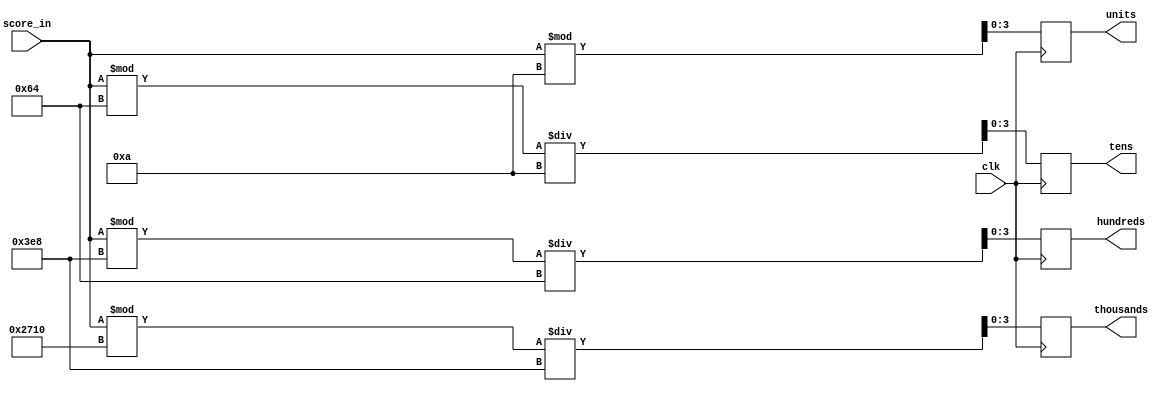
module score_BCD_conversion (score_in, units, tens, hundreds, thousands, clk);
	input[9:0] score_in;
	input clk;
	output[3:0] units;
	output[3:0] tens;
	output[3:0] hundreds;
	output[3:0] thousands;


wire [9:0] score_in;
reg[3:0] units;
reg[3:0] tens;
reg[3:0] hundreds;
reg[3:0] thousands;

	
always @(posedge clk) begin
	
	units <= score_in % 10;
	
	tens <= (score_in % 100) / 10;
	
	hundreds <= (score_in % 1000) / 100;
	
	thousands <= (score_in % 10000) / 1000;
	
end

endmodule